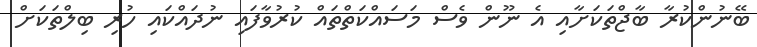
ބޭނުންކުރާ ބާޖްތަކަށާއި އެ ނޫން ވެސް މަސައްކަތްތައް ކުރުވާފައި ނުދައްކައި ހުރި ބިލްތަކަށް